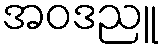
အဝဒညူ